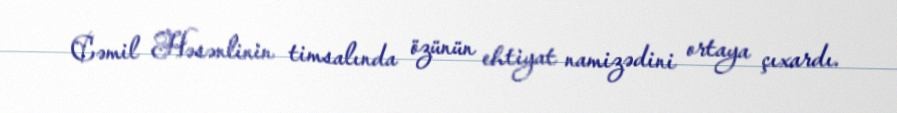
Cəmil Həsənlinin timsalında özünün ehtiyat namizədini ortaya çıxardı.